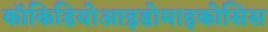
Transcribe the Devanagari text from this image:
कॉकिडियोआइडोमाइकोसिस